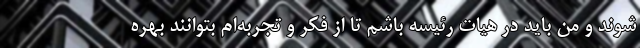
شوند و من باید در هیات رئیسه باشم تا از فکر و تجربه‌ام بتوانند بهره